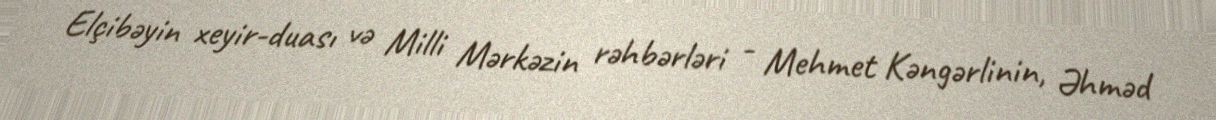
Elçibəyin xeyir-duası və Milli Mərkəzin rəhbərləri - Mehmet Kəngərlinin, Əhməd